Report on sanitation, dispensaries, and jails in Rajputana for 1920, and on vaccination for the year 1920-1921 - 1920-1921
Year: 1920
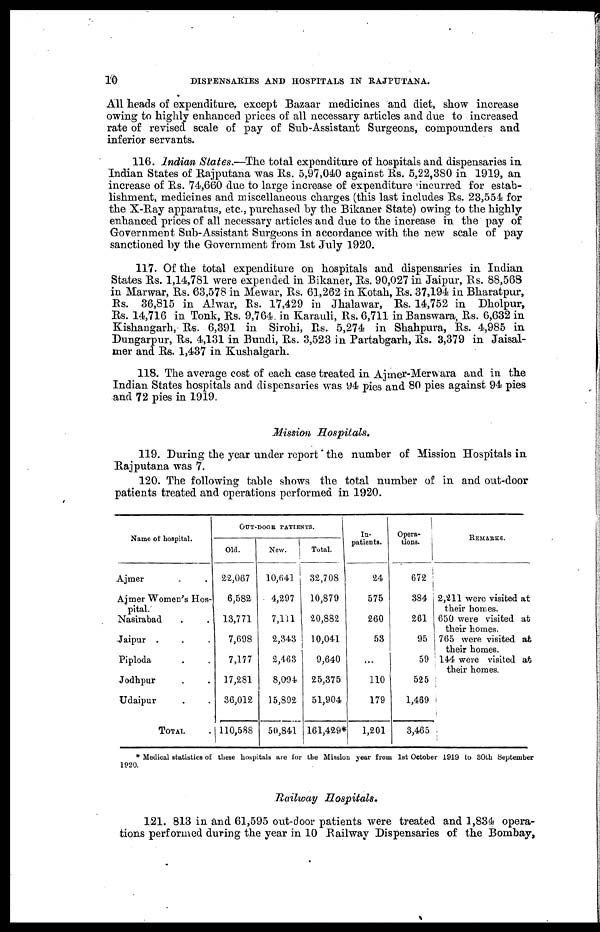
10
DISPENSARIES AND HOSPITALS IN RAJPUTANA.
All heads of expenditure except Bazaar medicines and diet, show increase
owing to highly enhanced prices of all necessary articles and due to increased
rate of revised scale of pay of Sub-Assistant Surgeons, compounders and
inferior servants.
116. Indian States.—The total expenditure of hospitals and dispensaries in
Indian States of Rajputana was Rs. 5,97,040 against Rs. 5,22,380 in 1919, an
increase of Rs. 74,660 due to large increase of expenditure incurred for estab-
lishment, medicines and miscellaneous charges (this last includes Rs. 23,554 for
the X-Ray apparatus, etc., purchased by the Bikaner State) owing to the highly
enhanced prices of all necessary articles and due to the increase in the pay of
Government Sub-Assistant Surgeons in accordance with the new scale of pay
sanctioned by the Government from 1st July 1920.
117. Of the total expenditure on hospitals and dispensaries in Indian
States Rs. 1,14,781 were expended in Bikaner, Rs. 90,027 in Jaipur, Rs. 88,568
in Marwar, Rs. 63,578 in Mewar, Rs. 61,262 in Kotah, Rs. 37,194 in Bharatpur,
Rs. 36,815 in Alwar, Rs. 17,429 in Jhalawar, Rs. 14,752 in Dholpur,
Rs. 14,716 in Tonk, Rs. 9,764 in Karauli, Rs. 6,711 in Banswara, Rs. 6,632 in
Kishangarh, Rs. 6,391 in Sirohi, Rs. 5,274 in Shahpura, Rs. 4,985 in
Dungarpur, Rs. 4,131 in Bundi, Rs. 3,523 in Partabgarh, Rs. 3,379 in Jaisal-
mer and Rs. 1,437 in Kushalgarh.
118. The average cost of each case treated in Ajmer-Merwara and in the
Indian States hospitals and dispensaries was 94 pies and 80 pies against 94 pies
and 72 pies in 1919.
Mission Hospitals.
119. During the year under report the number of Mission Hospitals in
Rajputana was 7.
120. The following table shows the total number of in and out-door
patients treated and operations performed in 1920.
Name of hospital.
Ajmer . .
Ajmer Women's Hos-
pital.
Nasirabad . .
Jaipur . . .
Piploda . .
Jodhpur . .
Udaipur . .
TOTAL .
OUT-DOOR PATIENTS.
Old.
22,067
6,582
13,771
7,698
7,177
17,281
36,012
110,588
New.
10,641
4,297
7,111
2,343
2,463
8,094
15,892
50,841
Total.
32,708
10,879
20,882
10,041
9,640
25,375
51,904
161,429*
In-
patients.
24
575
260
53
...
110
179
1,201
Opera-
tions.
672
384
261
95
59
525
1,469
3,465
REMARKS.
2,211 were visited at
their homes.
650 were visited at
their homes.
765 were visited at
their homes.
144 were visited at
their homes.
* Medical statistics of these hospitals are for the Mission year from 1st October 1919 to 80th September
1920.
Railway
Hospitals.
121. 813 in and 61,595 out-door patients were treated and 1,834 opera-
tions performed during the year in 10 Railway Dispensaries of the Bombay,